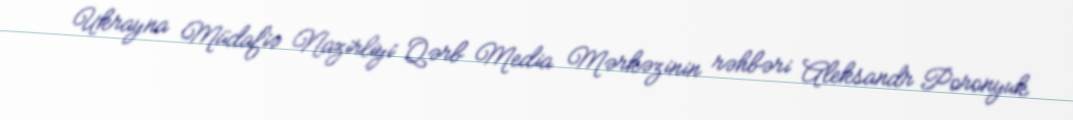
Ukrayna Müdafiə Nazirliyi Qərb Media Mərkəzinin rəhbəri Aleksandr Poronyuk